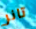
تانر